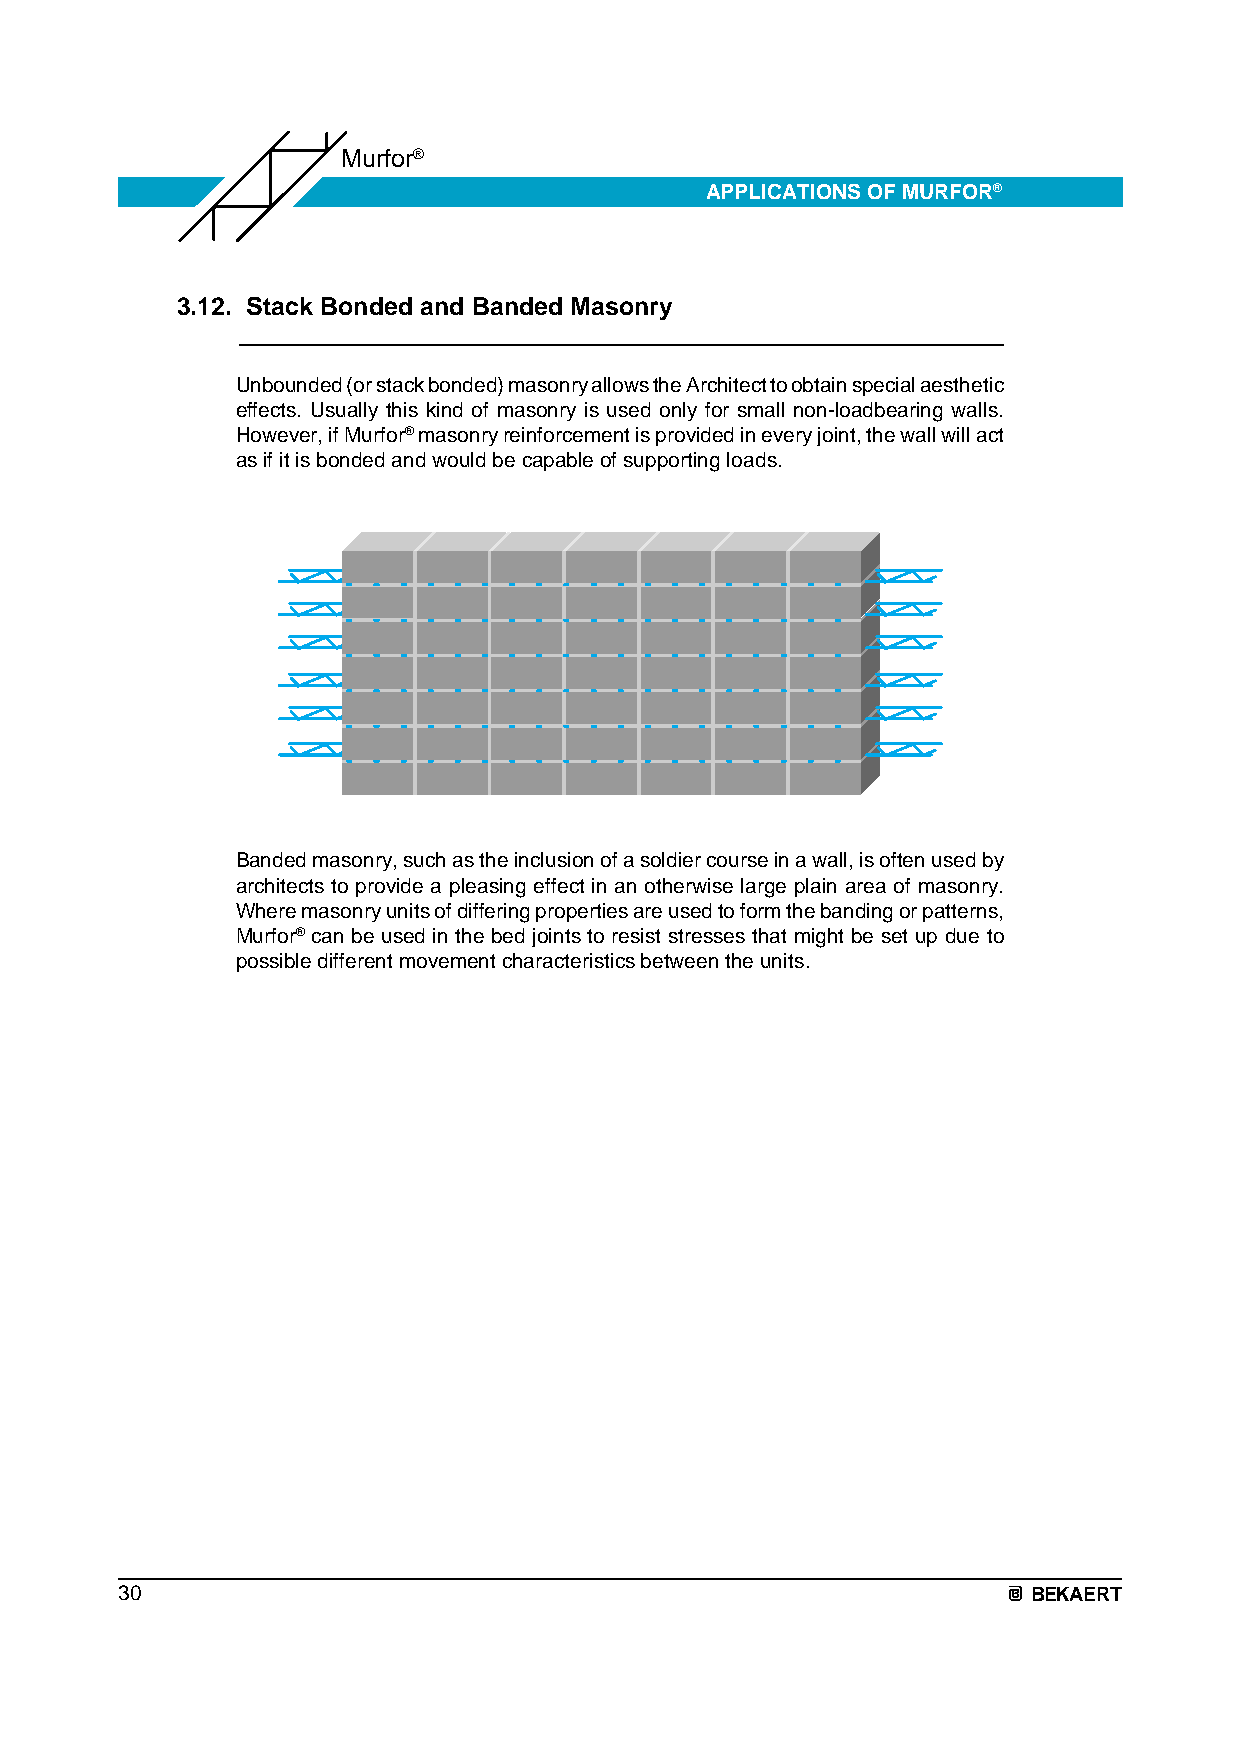
Murfor®
 APPLICATIONS OF MURFOR®
 3.12. Stack Bonded and Banded Masonry
 Unbounded (or stack bonded) masonry allows the Architect to obtain special aesthetic
 effects. Usually this kind of masonry is used only for small non-loadbearing walls.
 However, if Murfor® masonry reinforcement is provided in every joint, the wall will act
 as if it is bonded and would be capable of supporting loads.
 Banded masonry, such as the inclusion of a soldier course in a wall, is often used by
 architects to provide a pleasing effect in an otherwise large plain area of masonry.
 Where masonry units of differing properties are used to form the banding or patterns,
 Murfor® can be used in the bed joints to resist stresses that might be set up due to
 possible different movement characteristics between the units.
 30                                                          BEKAERT